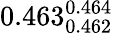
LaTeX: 0.463_{0.462}^{0.464}